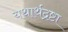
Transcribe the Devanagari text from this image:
यथार्थद्रष्टा